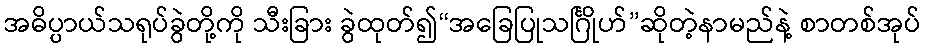
အဓိပ္ပာယ်သရုပ်ခွဲတို့ကို သီးခြား ခွဲထုတ်၍“အခြေပြုသင်္ဂြိုဟ်”ဆိုတဲ့နာမည်နဲ့ စာတစ်အုပ်